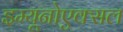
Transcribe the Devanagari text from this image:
इम्यूनोएक्सल